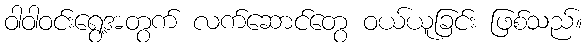
ဝါဝါဝင်းရွေ့အတွက် လက်ဆောင်တွေ ဝယ်ယူခြင်း ဖြစ်သည်။